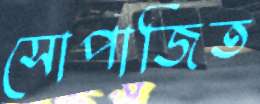
সোপার্জিত